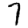
Digit: 7